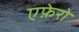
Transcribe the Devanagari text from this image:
एफ़ेरो